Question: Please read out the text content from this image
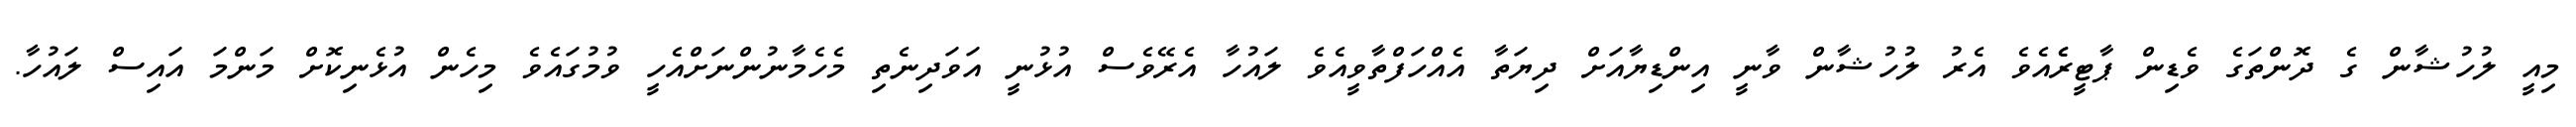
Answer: މިއީ ލުހުޝާން ގެ ދޮންތަގެ ވެޑިން ޕާޓީރެެއެވެ އެރު ލުހުޝާން ވާނީ އިންޑިޔާއަށް ދިޔަތާ އެއްހަފްތާވީއެވެ ލައުހާ އެރޭވެސް އުޅުނީ އަވަދިނެތި މެހެމާނުންނަށްއެހީ ވުމުގައެވެ މިހެން އުޅެނިކޮށް މަންމަ އައިސް ލައުހާ.